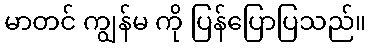
မာတင် ကျွန်မ ကို ပြန်ပြောပြသည်။